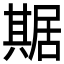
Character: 𠔴